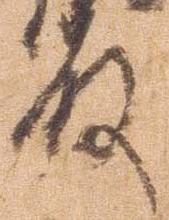
殿